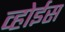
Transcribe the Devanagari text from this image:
व्होईस